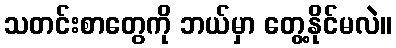
သတင်းစာတွေကို ဘယ်မှာ တွေ့နိုင်မလဲ။